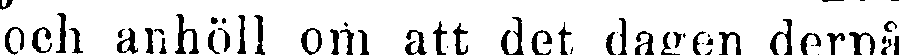
och anhöll om att det dagen derpå